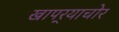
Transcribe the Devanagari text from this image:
खापर्‍याचोर